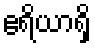
ဧရိယာရှိ